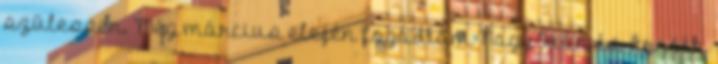
szülessen. Még március elején fogadtam Nagy Iván és Arnóth